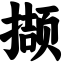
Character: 撷